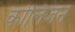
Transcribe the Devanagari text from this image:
कोलिजन